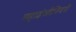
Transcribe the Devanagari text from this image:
महाइंजीनियरी